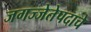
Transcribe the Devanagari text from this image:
जगज्जेतेपदाचे